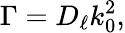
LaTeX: \Gamma=D_{\ell}k_{0}^{2},